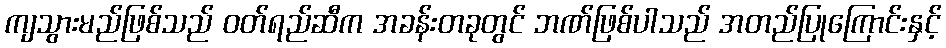
ကျသွားမည်ဖြစ်သည် ဝတ်ရည်ဆီက အခန်းတခုတွင် ဘဏ်ဖြစ်ပါသည် အတည်ပြုကြောင်းနှင့်